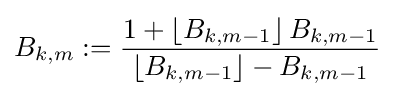
B_{k,m}:={\frac {1+\left\lfloor B_{k,m-1}\right\rfloor B_{k,m-1}}{\left\lfloor B_{k,m-1}\right\rfloor -B_{k,m-1}}}~